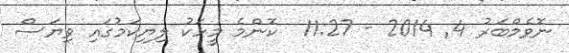
ނޮވެމްބަރު 4